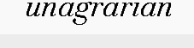
unagrarian